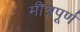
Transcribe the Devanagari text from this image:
मीत्रपूर्ण